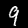
Digit: 9